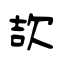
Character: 欯